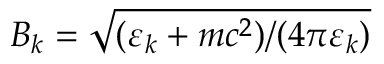
B _ { k } = \sqrt { ( \varepsilon _ { k } + m c ^ { 2 } ) / ( 4 \pi \varepsilon _ { k } ) }